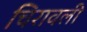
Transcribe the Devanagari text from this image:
चिरावली